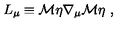
L _ { \mu } \equiv { \cal M } \eta \nabla _ { \mu } { \cal M } \eta \ ,